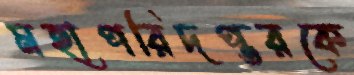
মহাপরিদপ্তরকে